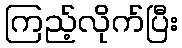
ကြည့်လိုက်ပြီး